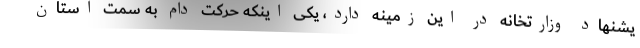
یشنهاد وزارتخانه در این زمینه دارد، یکی اینکه حرکت دام به سمت استان